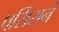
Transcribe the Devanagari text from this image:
पर्सिसने